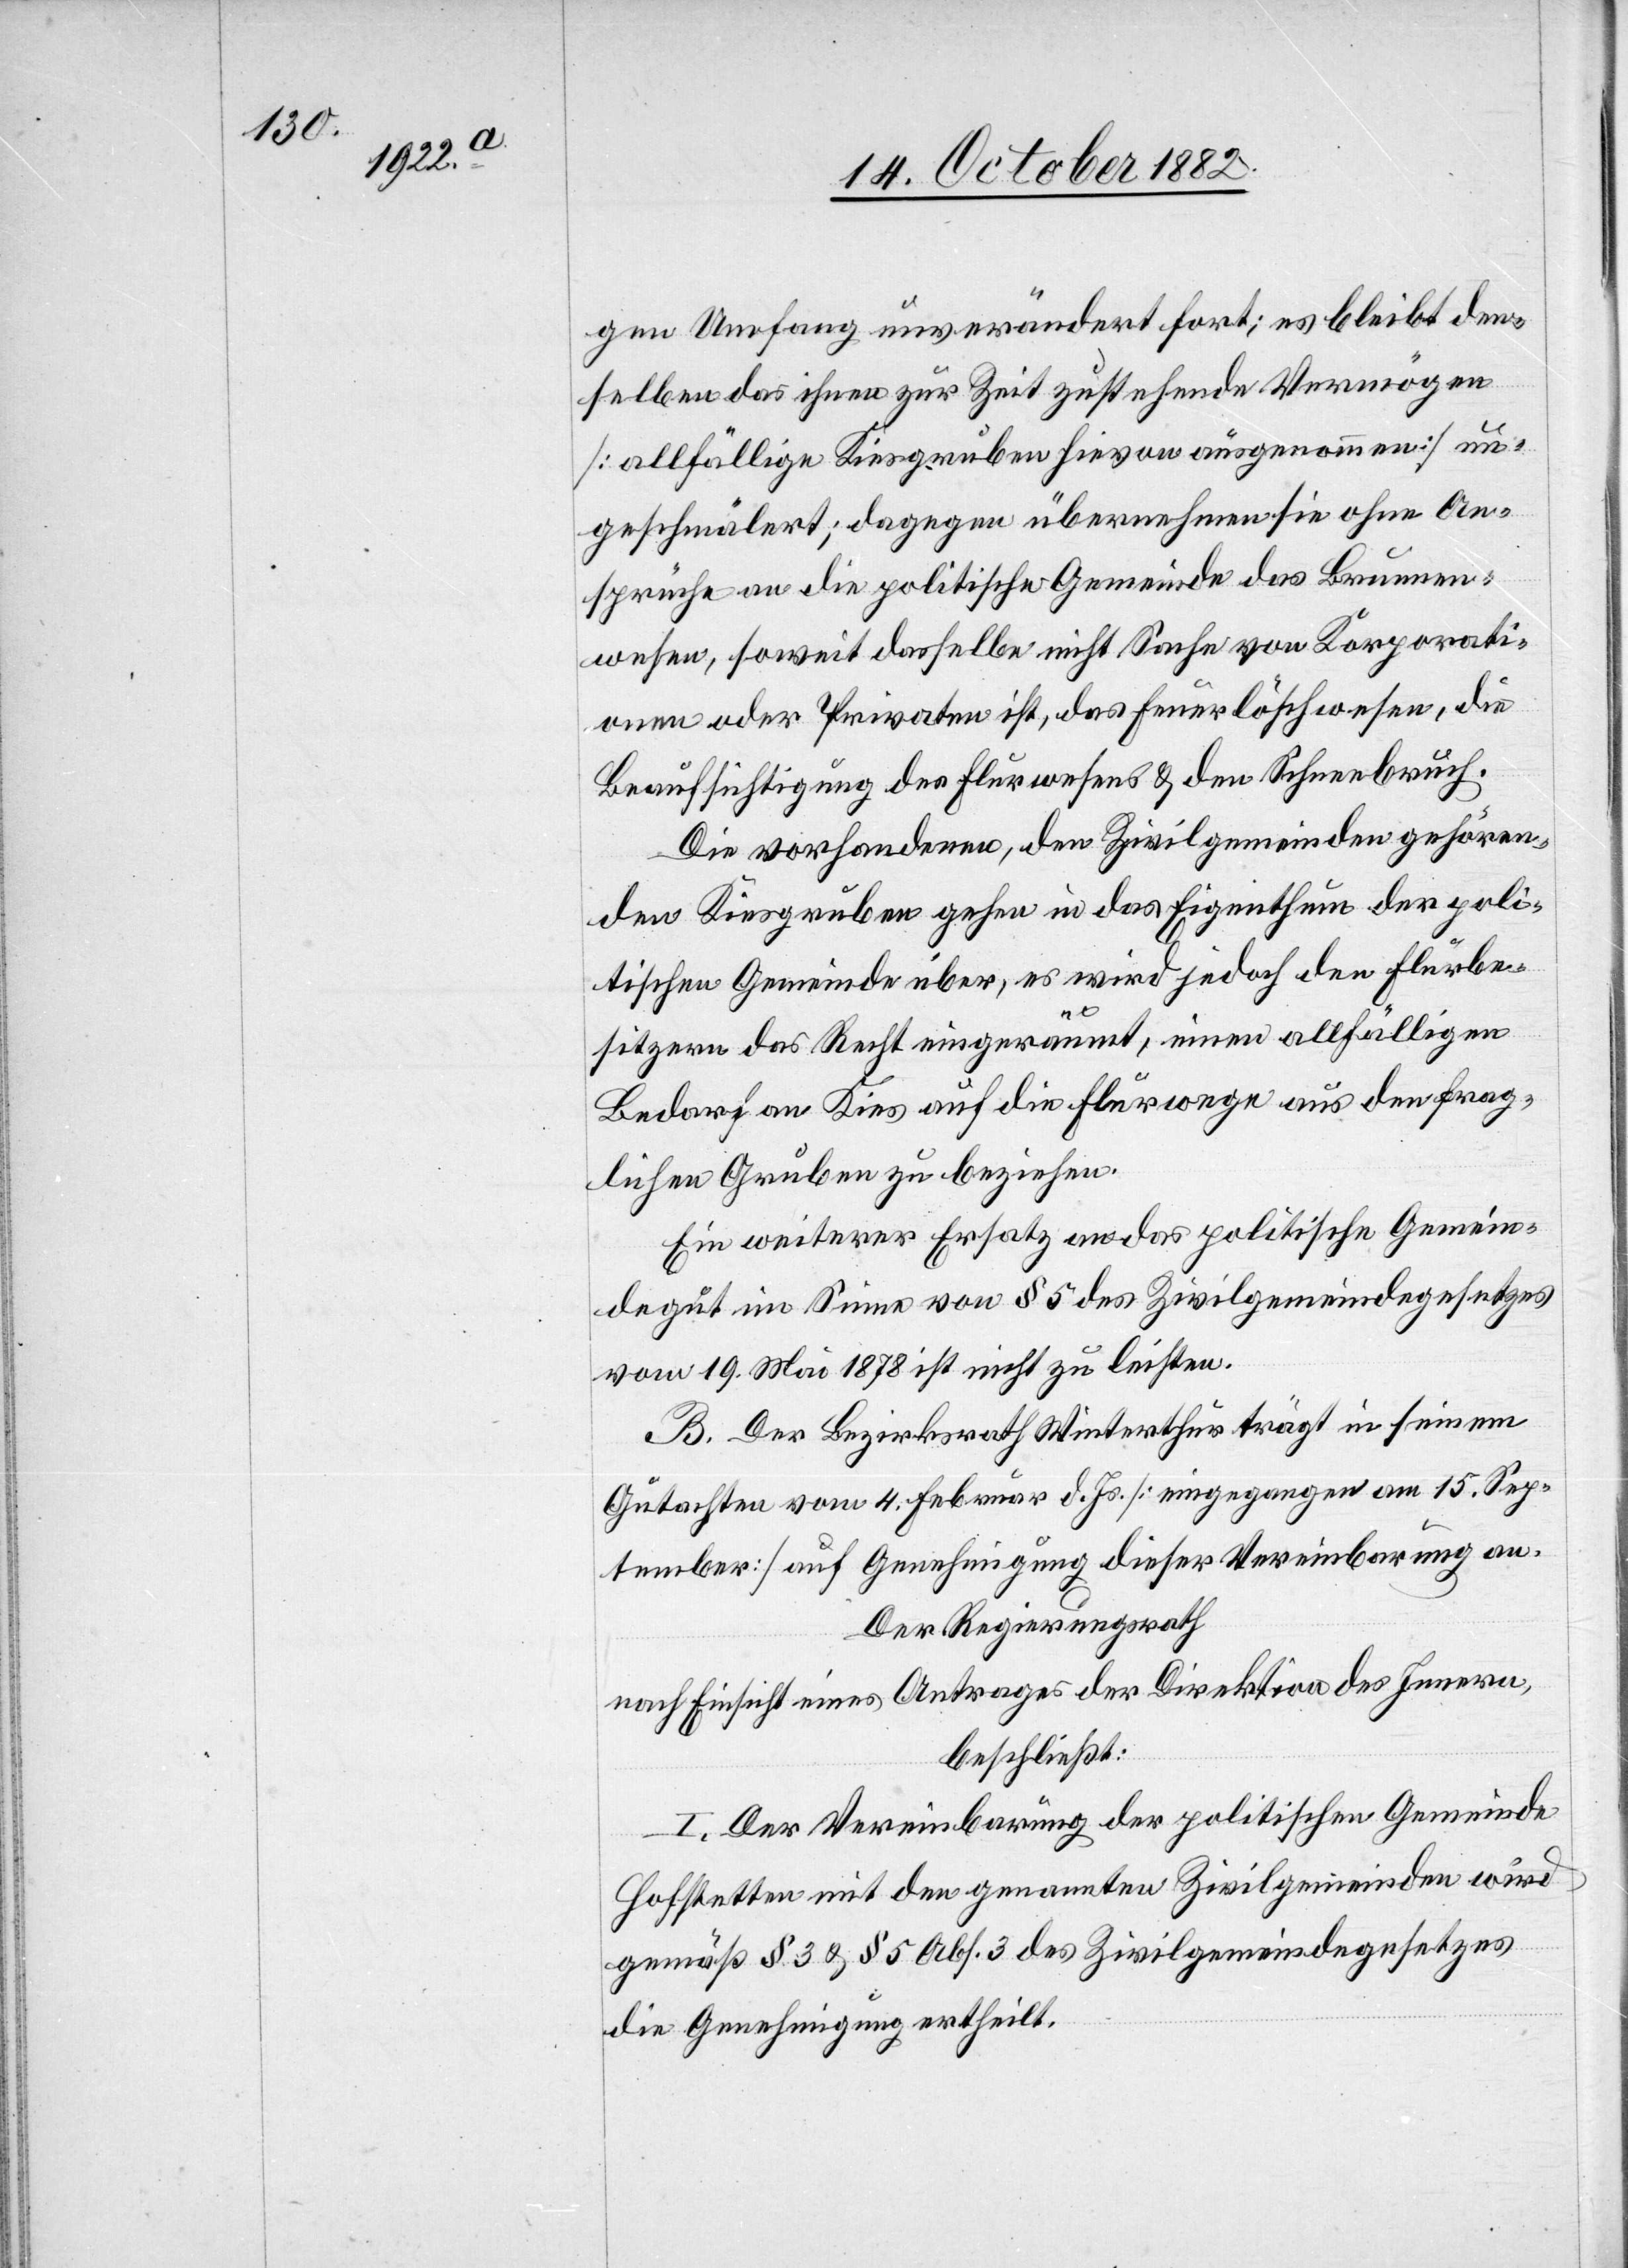
gen Umfang unverändert fort; es bleibt den¬
selben das ihnen zur Zeit zustehende Vermögen
[allfällige Kiesgruben hievon ausgenommen] un¬
geschmälert; dagegen übermachen sie ohne An¬
sprüche an die politische Gemeinde das Brunnen¬
wesen, soweit dasselbe nicht Sache von Korporati¬
onen oder Privaten ist, das Feuerlöschwesen, die
Beaufsichtigung des Flurwesens & den Schneebruch.
Die vorhandenen, den Zivilgemeinden gehören¬
den Kiesgruben gehen in das Eigenthum der poli¬
tischen Gemeinde über, es wird jedoch den Flurbe¬
sitzern das Recht eingeräumt, einen allfälligen
Bedarf an Kies auf die Flurwege aus den frag¬
lichen Gruben zu beziehen.
Ein weiterer Ersatz an das politische Gemein¬
degut im Sinne von § 5 des Zivilgemeindegesetzes
vom 19. Mai 1878 ist nicht zu leisten.
B. Der Bezirksrath Winterthur trägt in seinem
Gutachten vom 4. Februar d. Js. [eingegangen am 15. Sep¬
tember] auf Genehmigung dieser Vereinbarung an.
Der Regierungsrath
nach Einsicht eines Antrages der Direktion des Innern,
beschließt:
I. Der Vereinbarung der politischen Gemeinde
Hofstetten mit den genannten Zivilgemeinden wird
gemäß § 3 & § 5 Abs. 3 des Zivilgemeindegesetzes
die Genehmigung ertheilt.